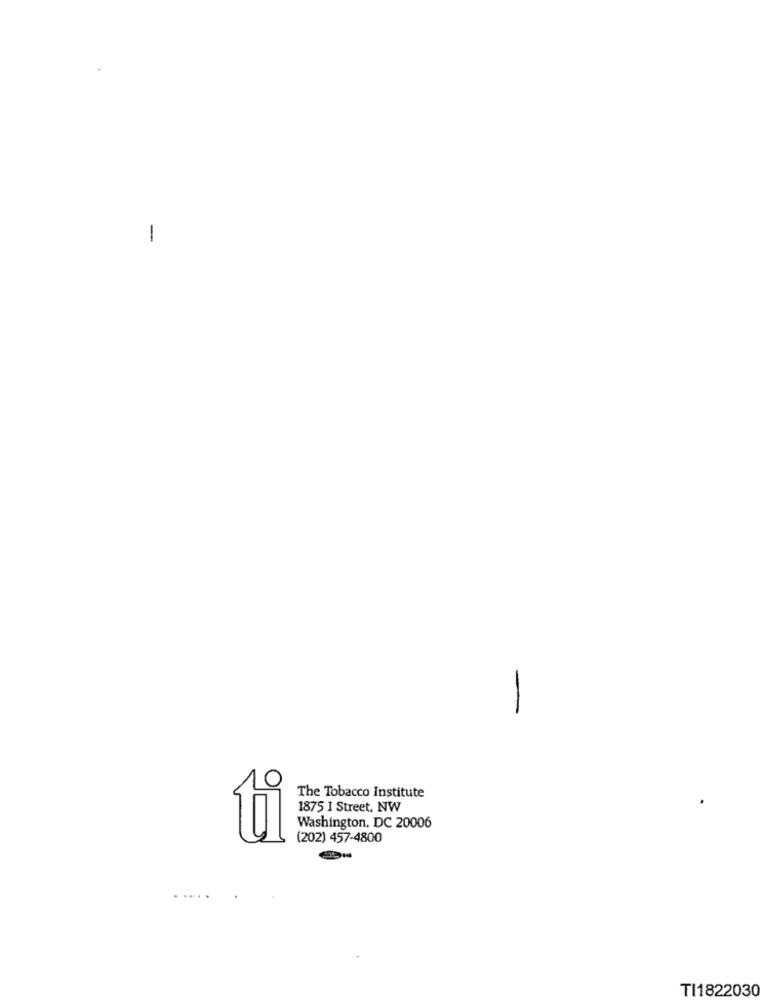
-
-
10
The Tobacco Institute
1875 I Street, NW
Washington, DC 20006
ti
(202) 457-4800
TI1822030